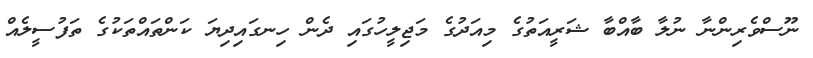
ނޫސްވެރިންނާ ނުލާ ބާއްބާ ޝަރީއަތުގެ މިއަދުގެ މަޖިލީހުގައި ދެން ހިނގައިދިޔަ ކަންތައްތަކުގެ ތަފުސީލެއް